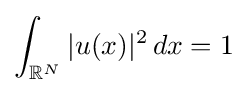
\int _{\mathbb {R} ^{N}}|u(x)|^{2}\,dx=1